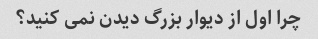
چرا اول از دیوار بزرگ دیدن نمی کنید؟